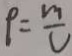
\rho = \frac { m } { v }